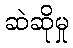
ဆဲဆိုမှု